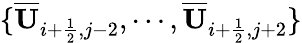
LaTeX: \{ \overline{{\mathbf{U}}}_{i+\frac{1}{2},j-2},\cdots,\overline{{\mathbf{U}}}_{i+\frac{1}{2},j+2}\}